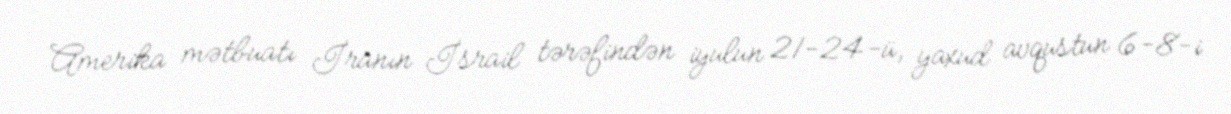
Amerika mətbuatı İranın İsrail tərəfindən iyulun 21-24-ü, yaxud avqustun 6-8-i